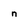
Character: n